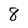
Character: 8